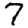
Digit: 7